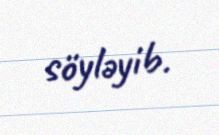
söyləyib.